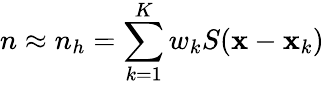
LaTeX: n\approx n_{h}=\sum_{k=1}^{K}w_{k}S({\mathbf x}-{\mathbf x}_{k})